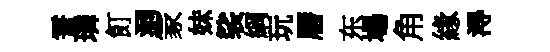
霅璘飣洞冡妹裟綱玩曆东場角緣淂